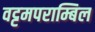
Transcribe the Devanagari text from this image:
वट्टमपराम्बिल